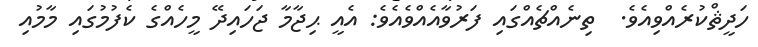
ހަދީޘްކުރެއްވިއެވެ.  ތިނެއްޗެއްގައި ފަރުވާއެއްވެއެވެ: އެއީ ޙިޖާމާ ޖަހައިދޭ މީހެއްގެ ކެފުމުގައި މާމުއި